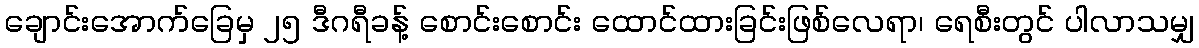
ချောင်းအောက်ခြေမှ ၂၅ ဒီဂရီခန့် စောင်းစောင်း ထောင်ထားခြင်းဖြစ်လေရာ၊ ရေစီးတွင် ပါလာသမျှ